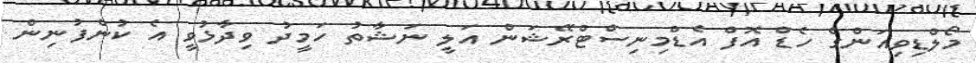
މޯލްޑިވިއަންގެ ހެޑް އޮފް އެޑްމިނިސްޓްރޭޝަން އަލީ ނަޝާތު ހަމީދު ވިދާޅުވީ އެ ކުންފުނިން